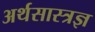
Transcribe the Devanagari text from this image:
अर्थसास्त्रज्ञ